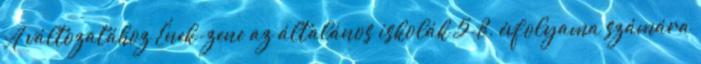
A változatához Ének-zene az általános iskolák 5-8. évfolyama számára